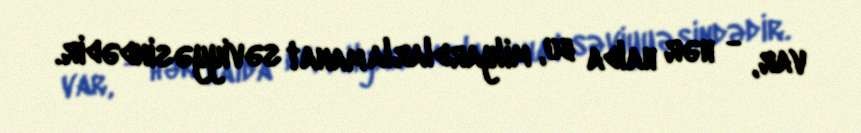
var, - hər halda bu, milyardlarla manat səviyyəsindədir.